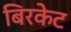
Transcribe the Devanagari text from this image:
बिरकेट